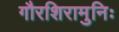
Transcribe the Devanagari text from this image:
गौरशिरामुनिः